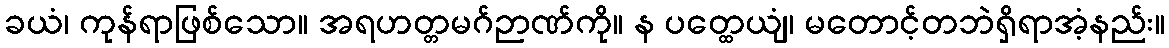
ခယံ၊ ကုန်ရာဖြစ်သော။ အရဟတ္တမဂ်ဉာဏ်ကို။ န ပတ္ထေယျံ၊ မတောင့်တဘဲရှိရာအံ့နည်း။